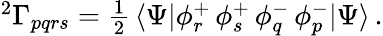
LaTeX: \begin{array}{r}{{^{2}\Gamma_{pqrs}}=\frac{1}{2}\, \langle\Psi|\phi_{r}^{+}\, \phi_{s}^{+}\, \phi_{q}^{-}\, \phi_{p}^{-}|\Psi\rangle\, .}\end{array}